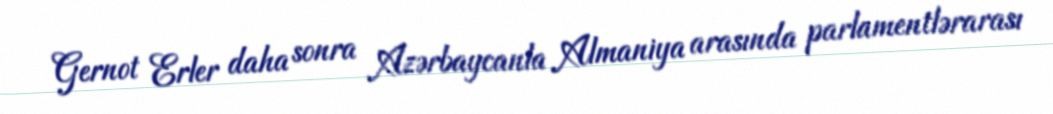
Gernot Erler daha sonra Azərbaycanla Almaniya arasında parlamentlərarası